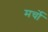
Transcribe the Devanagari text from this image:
मर्चो